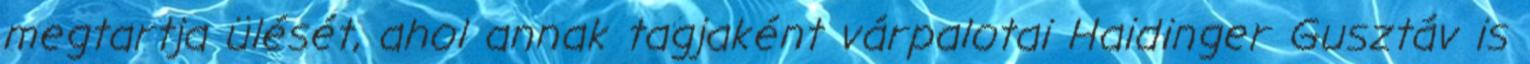
megtartja ülését, ahol annak tagjaként várpalotai Haidinger Gusztáv is